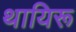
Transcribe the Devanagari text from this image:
थायिरू